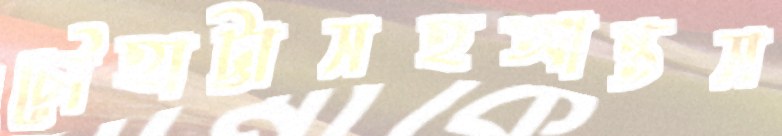
চৌহাট্টাসহআন্তস